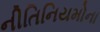
નીતિનિયમોના